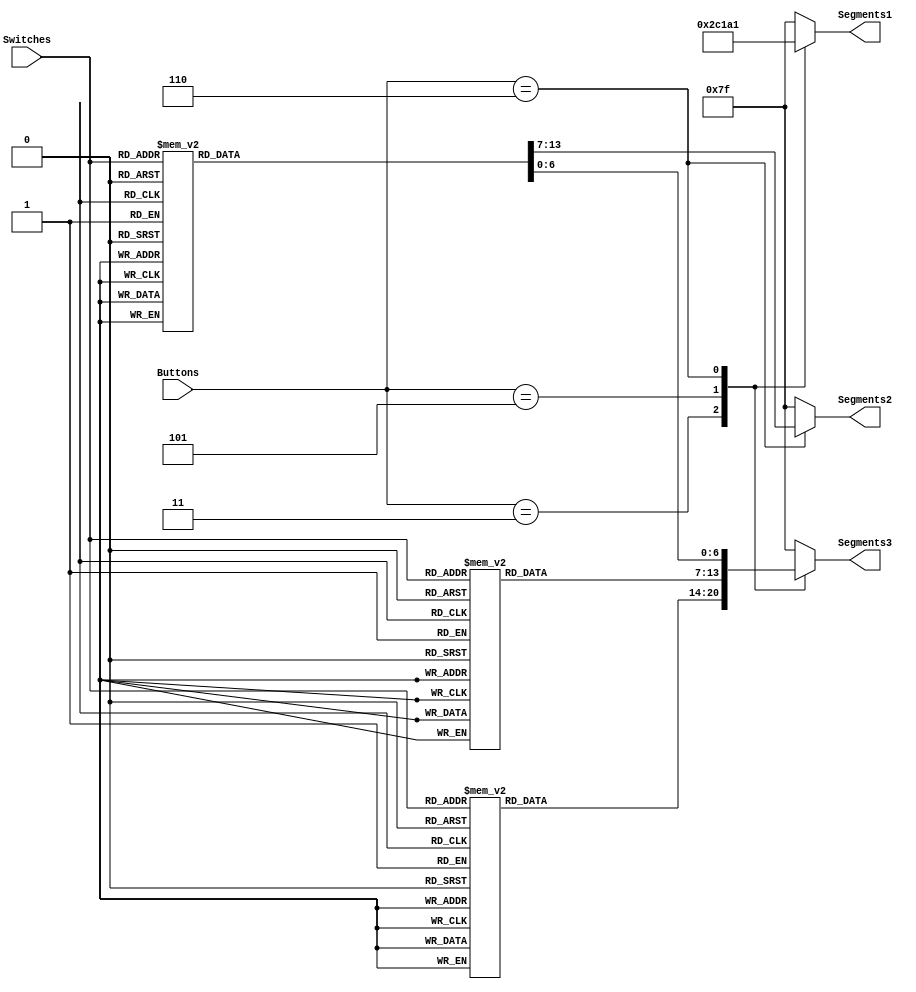
module SegmentDisplay(Switches,Buttons,Segments1, Segments2, Segments3);

input wire [2:0] Buttons; //mode select
input wire [3:0] Switches; //binary input to system
output reg [6:0] Segments1; //mode display
output reg [6:0] Segments2; //MSB output
output reg [6:0] Segments3; //LSB output
	
always@(*) begin
	case(Buttons)
	3'b011: begin //hexidecimal output
				Segments1 <= 7'b0001011; //set mode display to hex
				Segments2 <= 7'b1111111; //MSB = 0
				case(Switches)
					default: Segments3 <= 7'b1000000; //digits 0-9 LSB
					4'b0001: Segments3 <= 7'b1111001; //for 7 segment display 
					4'b0010: Segments3 <= 7'b0100100; //active low
					4'b0011: Segments3 <= 7'b0110000;
					4'b0100: Segments3 <= 7'b0011001;
					4'b0101: Segments3 <= 7'b0010010;
					4'b0110: Segments3 <= 7'b0000010;
					4'b0111: Segments3 <= 7'b1111000;
					4'b1000: Segments3 <= 7'b0000000;
					4'b1001: Segments3 <= 7'b0010000;
					4'b1010: Segments3 <= 7'b0001000; //digits 10-15 hex
					4'b1011: Segments3 <= 7'b0000011;
					4'b1100: Segments3 <= 7'b1000110;
					4'b1101: Segments3 <= 7'b0100001; 
					4'b1110: Segments3 <= 7'b0000110; 
					4'b1111: Segments3 <= 7'b0001110;
				endcase
			end
	3'b101: 
			begin // decimal count to 9 in LSB,  7 segment display active low
				Segments1 <= 7'b0000011; //mode display to b for BCD
				Segments2 <= 7'b1111111; //set MSB to zero
				case(Switches)
					4'b0000: Segments3 <= 7'b1000000; //digits 0-9 LSB
					4'b0001: Segments3 <= 7'b1111001; //for 7 segment display 
					4'b0010: Segments3 <= 7'b0100100; //active low
					4'b0011: Segments3 <= 7'b0110000;
					4'b0100: Segments3 <= 7'b0011001;
					4'b0101: Segments3 <= 7'b0010010;
					4'b0110: Segments3 <= 7'b0000010;
					4'b0111: Segments3 <= 7'b1111000;
					4'b1000: Segments3 <= 7'b0000000;
					4'b1001: Segments3 <= 7'b0010000;
					4'b1010: Segments3 <= 7'b0010000;
					4'b1011: Segments3 <= 7'b0010000;
					4'b1100: Segments3 <= 7'b0010000;
					4'b1101: Segments3 <= 7'b0010000; 
					4'b1110: Segments3 <= 7'b0010000;
					4'b1111: Segments3 <= 7'b0010000;
				endcase
			end
	3'b110: 
			begin //BCD count up to 15, 7 segment display active low
				Segments1 <= 7'b0100001; //display D for decimal 
				case(Switches)
					4'b0000: begin Segments3 <= 7'b1000000; Segments2<=7'b1000000; end  
					4'b0001: begin Segments3 <= 7'b1111001; Segments2<=7'b1000000; end  
					4'b0010: begin Segments3 <= 7'b0100100; Segments2<=7'b1000000; end 
					4'b0011: begin Segments3 <= 7'b0110000; Segments2<=7'b1000000; end
					4'b0100: begin Segments3 <= 7'b0011001; Segments2<=7'b1000000; end
					4'b0101: begin Segments3 <= 7'b0010010; Segments2<=7'b1000000; end
					4'b0110: begin Segments3 <= 7'b0000010; Segments2<=7'b1000000; end
					4'b0111: begin Segments3 <= 7'b1111000; Segments2<=7'b1000000; end
					4'b1000: begin Segments3 <= 7'b0000000; Segments2<=7'b1000000; end
					4'b1001: begin Segments3 <= 7'b0010000; Segments2<=7'b1000000; end
					4'b1010: begin Segments3 <= 7'b1000000; Segments2<=7'b1111001; end 
					4'b1011: begin Segments3 <= 7'b1111001; Segments2<=7'b1111001; end
					4'b1100: begin Segments3 <= 7'b0100100; Segments2<=7'b1111001; end
					4'b1101: begin Segments3 <= 7'b0110000; Segments2<=7'b1111001; end
					4'b1110: begin Segments3 <= 7'b0011001; Segments2<=7'b1111001; end
					4'b1111: begin Segments3 <= 7'b0010010; Segments2<=7'b1111001; end
				endcase
			end
			3'b011: begin //hexidecimal output
				Segments1 <= 7'b0001011; //set mode display to hex
				Segments2 <= 7'b1111111; //MSB = 0
				case(Switches)
					default: Segments3 <= 7'b1000000; //digits 0-9 LSB
					4'b0001: Segments3 <= 7'b1111001; //for 7 segment display 
					4'b0010: Segments3 <= 7'b0100100; //active low
					4'b0011: Segments3 <= 7'b0110000;
					4'b0100: Segments3 <= 7'b0011001;
					4'b0101: Segments3 <= 7'b0010010;
					4'b0110: Segments3 <= 7'b0000010;
					4'b0111: Segments3 <= 7'b1111000;
					4'b1000: Segments3 <= 7'b0000000;
					4'b1001: Segments3 <= 7'b0010000;
					4'b1010: Segments3 <= 7'b0001000; //digits 10-15 hex
					4'b1011: Segments3 <= 7'b0000011;
					4'b1100: Segments3 <= 7'b1000110;
					4'b1101: Segments3 <= 7'b0100001; 
					4'b1110: Segments3 <= 7'b0000110; 
					4'b1111: Segments3 <= 7'b0001110;
				endcase
			end
			
			default: 
			begin //bleckout all digits if no button held
				Segments1 <= 7'b1111111; //display D for decimal 
				Segments2 <= 7'b1111111; //display D for decimal 
				Segments3 <= 7'b1111111; //display D for decimal 

			end
			
	endcase
end

endmodule